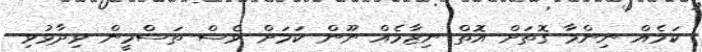
ކަމެއް ނިންމާ ގޮތަށް އޮތް ނިޒާމެއް ނޫން ކަމަށް ވެސް ތަސްމީން ވިދާޅުވި